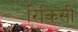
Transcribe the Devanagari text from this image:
रिकिसी